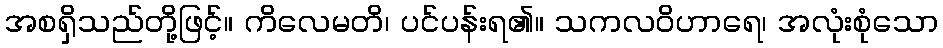
အစရှိသည်တို့ဖြင့်။ ကိလေမတိ၊ ပင်ပန်းရ၏။ သကလဝိဟာရေ၊ အလုံးစုံသော